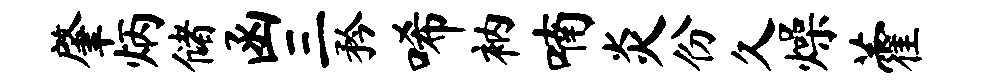
肇炳储函三矜唏衲喃炎份久燥藿